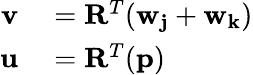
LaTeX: \begin{array}{rl}{\mathbf{v}}&{{}=\mathbf{R}^{T}(\mathbf{w_{j}}+\mathbf{w_{k}})}\\ {\mathbf{u}}&{{}=\mathbf{R}^{T}(\mathbf{p})}\end{array}